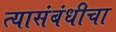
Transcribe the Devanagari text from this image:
त्यासंबंधीचा